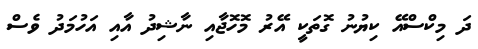
ދަ މިކްސްއޭ ކިޔުނު ގޮތަކީ އޭރު މޮހޮޖާއި ނާޝިދު އާއި އަހުމަދު ވެސް